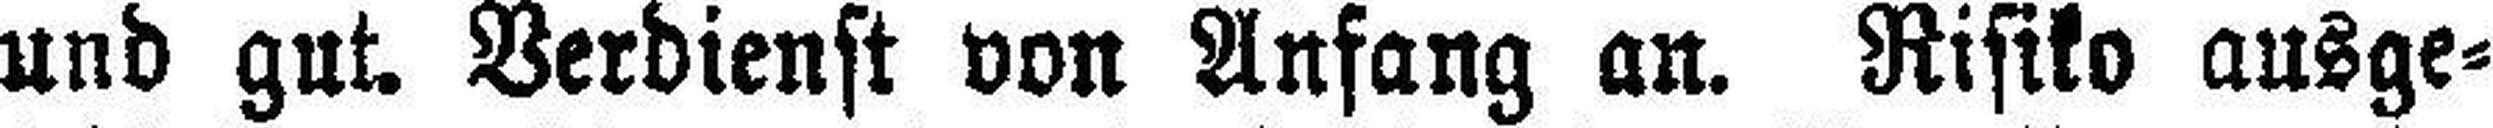
und gut. Verdienst von Anfang an. Risiko ausge¬